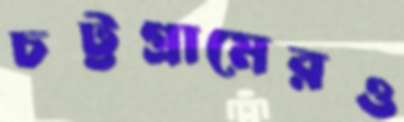
চট্টগ্রামেরও